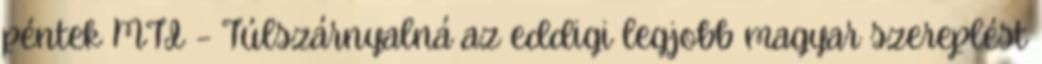
péntek MTI – Túlszárnyalná az eddigi legjobb magyar szereplést